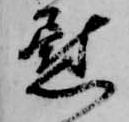
慰